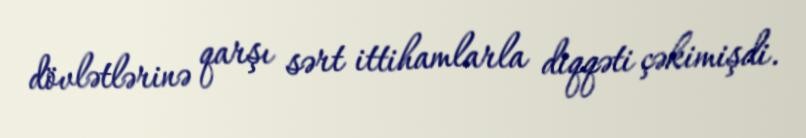
dövlətlərinə qarşı sərt ittihamlarla diqqəti çəkimişdi.